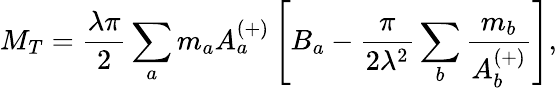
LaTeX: M_{T}=\frac{\lambda\pi}{2}\sum_{a}m_{a}A_{a}^{(+)}\left[B_{a}-\frac{\pi}{2\lambda^{2}}\sum_{b}\frac{m_{b}}{A_{b}^{(+)}}\right],